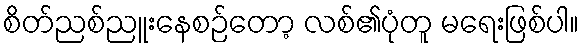
စိတ်ညစ်ညူးနေစဉ်တော့ လစ်၏ပုံတူ မရေးဖြစ်ပါ။